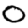
Digit: 0